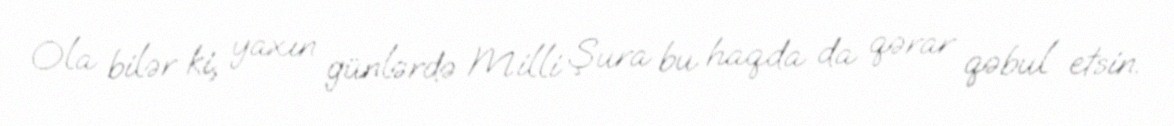
Ola bilər ki, yaxın günlərdə Milli Şura bu haqda da qərar qəbul etsin.